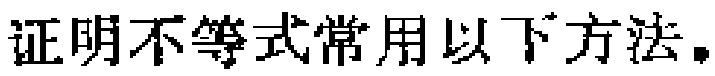
证明不等式常用以下方法.